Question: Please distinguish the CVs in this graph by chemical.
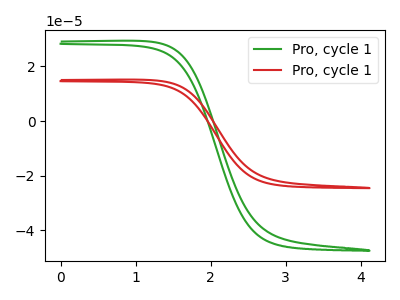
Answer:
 <answer>The green curve is labeled "Pro, cycle 11". The red curve is labeled "Pro, cycle 12".</answer>
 <eval></eval>